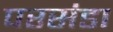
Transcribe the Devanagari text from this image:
परसंडा